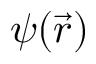
\psi ( { \vec { r } } )